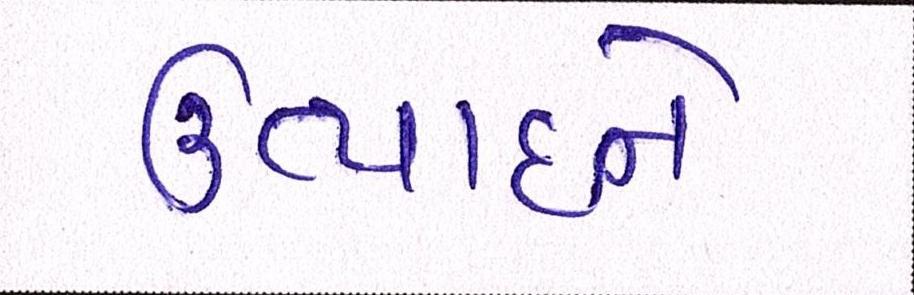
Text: ઉત્પાદને